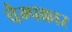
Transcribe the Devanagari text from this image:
चैम्पकार